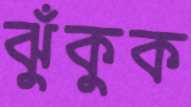
ঝুঁকুক